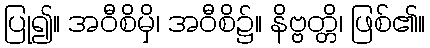
ပြု၍။ အဝီစိမှိ၊ အဝီစိ၌။ နိဗ္ဗတ္တိ၊ ဖြစ်၏။